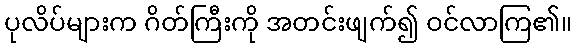
ပုလိပ်များက ဂိတ်ကြီးကို အတင်းဖျက်၍ ဝင်လာကြ၏။